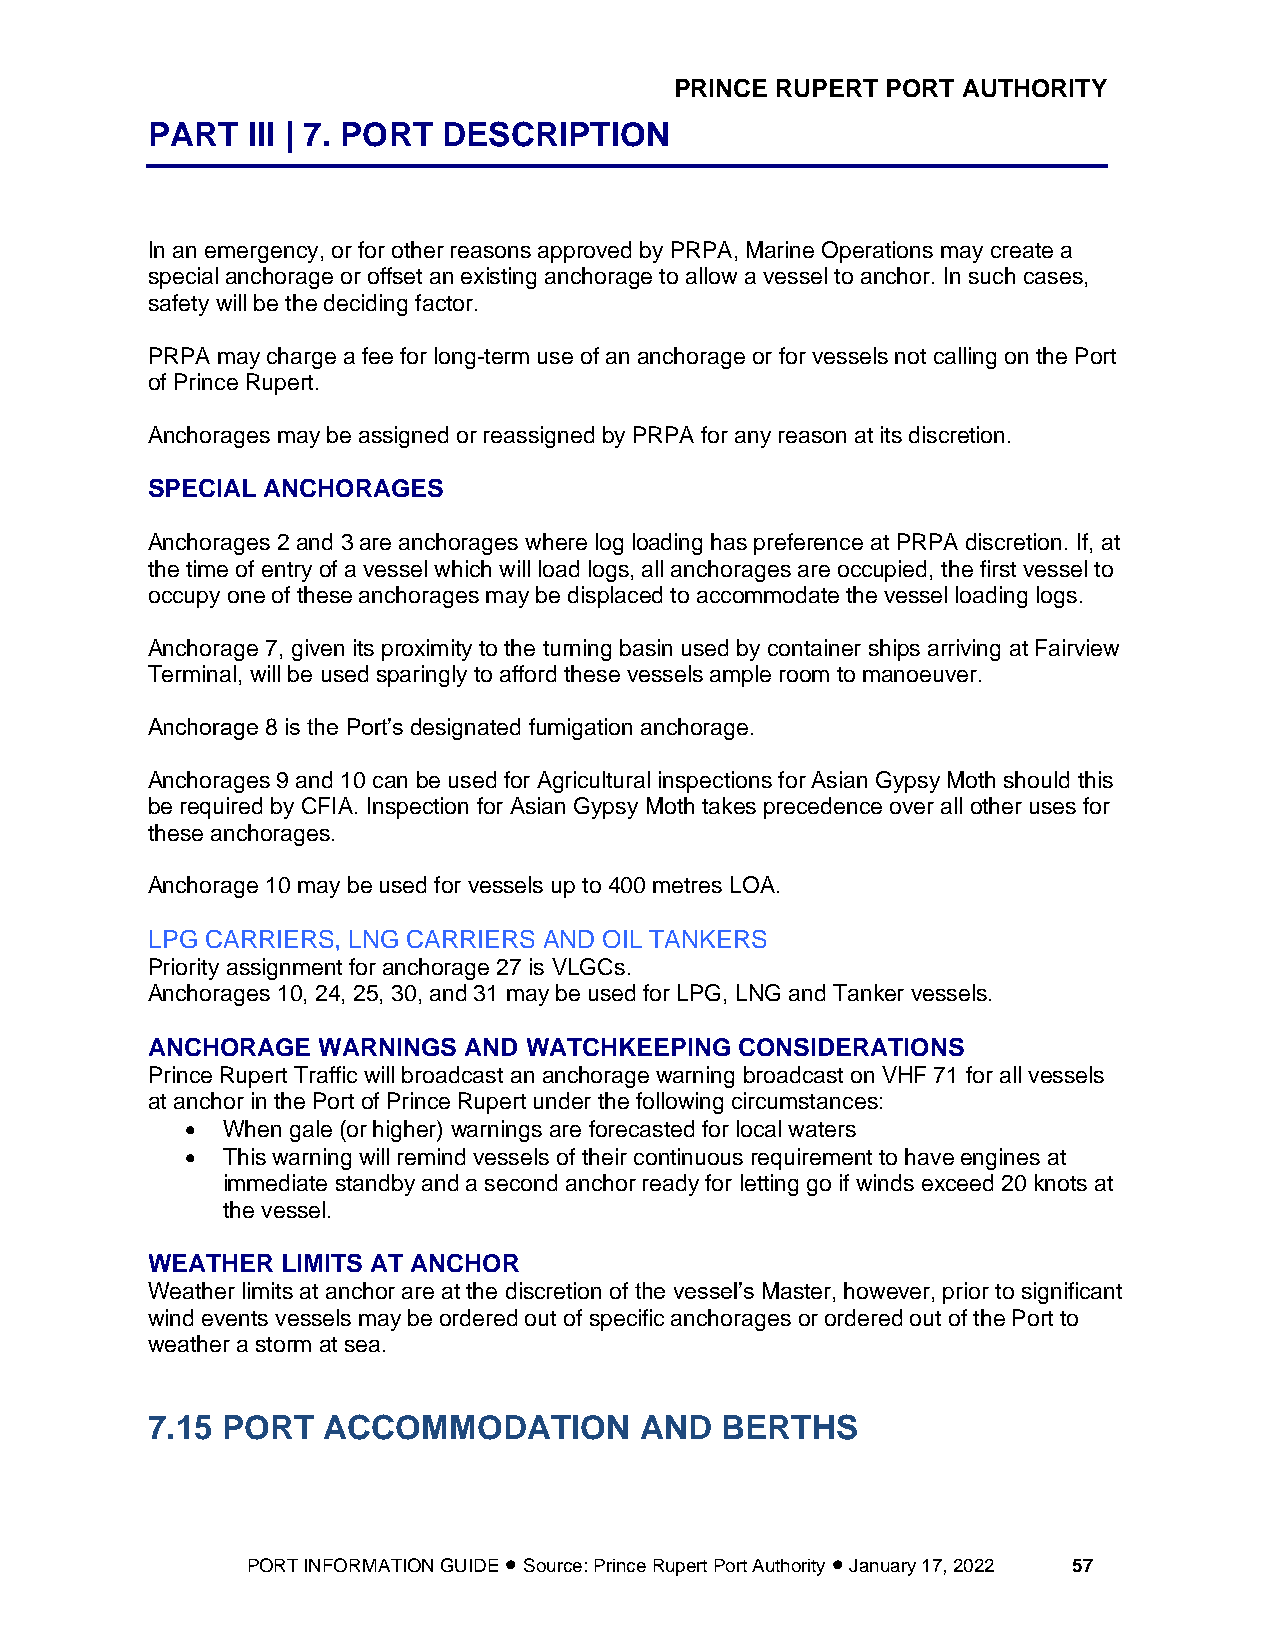
PRINCE RUPERT PORT AUTHORITY
 PART  III | 7. PORT DESCRIPTION
 In an emergency, or for other reasons approved by PRPA, Marine Operations may create a
 special anchorage or offset an existing anchorage to allow a vessel to anchor. In such cases,
 safety will be the deciding factor.
 PRPA may charge a fee for long-term use of an anchorage or for vessels not calling on the Port
 of Prince Rupert.
 Anchorages may be assigned or reassigned by PRPA for any reason at its discretion.
 SPECIAL ANCHORAGES
 Anchorages 2 and 3 are anchorages where log loading has preference at PRPA discretion. If, at
 the time of entry of a vessel which will load logs, all anchorages are occupied, the first vessel to
 occupy one of these anchorages may be displaced to accommodate the vessel loading logs.
 Anchorage 7, given its proximity to the turning basin used by container ships arriving at Fairview
 Terminal, will be used sparingly to afford these vessels ample room to manoeuver.
 Anchorage 8 is the Port’s designated fumigation anchorage.
 Anchorages 9 and 10 can be used for Agricultural inspections for Asian Gypsy Moth should this
 be required by CFIA. Inspection for Asian Gypsy Moth takes precedence over all other uses for
 these anchorages.
 Anchorage 10 may be used for vessels up to 400 metres LOA.
 LPG CARRIERS, LNG CARRIERS AND OIL TANKERS
 Priority assignment for anchorage 27 is VLGCs.
 Anchorages 10, 24, 25, 30, and 31 may be used for LPG, LNG and Tanker vessels.
 ANCHORAGE  WARNINGS  AND WATCHKEEPING  CONSIDERATIONS
 Prince Rupert Traffic will broadcast an anchorage warning broadcast on VHF 71 for all vessels
 at anchor in the Port of Prince Rupert under the following circumstances:
 •  When gale (or higher) warnings are forecasted for local waters
 •  This warning will remind vessels of their continuous requirement to have engines at
 immediate standby and a second anchor ready for letting go if winds exceed 20 knots at
 the vessel.
 WEATHER  LIMITS AT ANCHOR
 Weather limits at anchor are at the discretion of the vessel’s Master, however, prior to significant
 wind events vessels may be ordered out of specific anchorages or ordered out of the Port to
 weather a storm at sea.
 7.15 PORT  ACCOMMODATION        AND   BERTHS
 PORT INFORMATION GUIDE • Source: Prince Rupert Port Authority • January 17, 2022 57